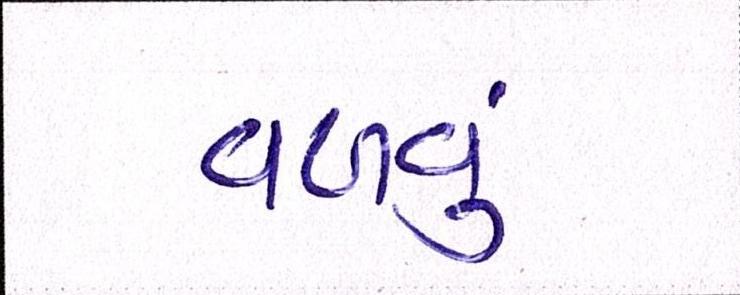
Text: વળવું